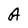
Character: A